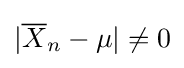
|{\overline {X}}_{n}-\mu |\neq 0